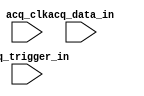
// megafunction wizard: %SignalTap II Logic Analyzer%VBB%
// GENERATION: STANDARD
// VERSION: WM1.0
// MODULE: sld_signaltap 

// ============================================================
// Megafunction Name(s):
// 			sld_signaltap
//
// Simulation Library Files(s):
// 			
// ============================================================
// ************************************************************
// THIS IS A WIZARD-GENERATED FILE. DO NOT EDIT THIS FILE!
//
// 9.0 Build 132 02/25/2009 SJ Full Version
// ************************************************************

//Copyright (C) 1991-2009 Altera Corporation
//Your use of Altera Corporation's design tools, logic functions 
//and other software and tools, and its AMPP partner logic 
//functions, and any output files from any of the foregoing 
//(including device programming or simulation files), and any 
//associated documentation or information are expressly subject 
//to the terms and conditions of the Altera Program License 
//Subscription Agreement, Altera MegaCore Function License 
//Agreement, or other applicable license agreement, including, 
//without limitation, that your use is for the sole purpose of 
//programming logic devices manufactured by Altera and sold by 
//Altera or its authorized distributors.  Please refer to the 
//applicable agreement for further details.

module SIGN (
	acq_clk,
	acq_data_in,
	acq_trigger_in);

	input	  acq_clk;
	input	[7:0]  acq_data_in;
	input	[0:0]  acq_trigger_in;

endmodule

// ============================================================
// CNX file retrieval info
// ============================================================
// Retrieval info: PRIVATE: DATA_WIDTH_EDIT STRING "8"
// Retrieval info: PRIVATE: INTENDED_DEVICE_FAMILY STRING "Cyclone II"
// Retrieval info: PRIVATE: RAM_TYPE_COMBO STRING "Auto"
// Retrieval info: PRIVATE: SAMPLE_DEPTH_COMBO STRING "512"
// Retrieval info: PRIVATE: SLD_TRIGGER_OUT_ENABLED NUMERIC "0"
// Retrieval info: PRIVATE: TRIGGER_LEVELS_COMBO STRING "1"
// Retrieval info: PRIVATE: TRIGGER_LEVEL_0_COMBO STRING "Basic"
// Retrieval info: PRIVATE: TRIGGER_LEVEL_1_COMBO STRING "Basic"
// Retrieval info: PRIVATE: TRIGGER_LEVEL_2_COMBO STRING "Basic"
// Retrieval info: PRIVATE: TRIGGER_LEVEL_3_COMBO STRING "Basic"
// Retrieval info: PRIVATE: TRIGGER_LEVEL_4_COMBO STRING "Basic"
// Retrieval info: PRIVATE: TRIGGER_LEVEL_5_COMBO STRING "Basic"
// Retrieval info: PRIVATE: TRIGGER_LEVEL_6_COMBO STRING "Basic"
// Retrieval info: PRIVATE: TRIGGER_LEVEL_7_COMBO STRING "Basic"
// Retrieval info: PRIVATE: TRIGGER_LEVEL_8_COMBO STRING "Basic"
// Retrieval info: PRIVATE: TRIGGER_LEVEL_9_COMBO STRING "Basic"
// Retrieval info: PRIVATE: TRIGGER_WIDTH_EDIT STRING "1"
// Retrieval info: LIBRARY: altera_mf altera_mf.altera_mf_components.all
// Retrieval info: CONSTANT: SLD_ADVANCED_TRIGGER_ENTITY STRING "basic,1,"
// Retrieval info: CONSTANT: SLD_DATA_BITS NUMERIC "8"
// Retrieval info: CONSTANT: SLD_DATA_BIT_CNTR_BITS NUMERIC "4"
// Retrieval info: CONSTANT: SLD_ENABLE_ADVANCED_TRIGGER NUMERIC "0"
// Retrieval info: CONSTANT: SLD_MEM_ADDRESS_BITS NUMERIC "9"
// Retrieval info: CONSTANT: SLD_NODE_CRC_BITS NUMERIC "32"
// Retrieval info: CONSTANT: SLD_NODE_CRC_HIWORD NUMERIC "15537"
// Retrieval info: CONSTANT: SLD_NODE_CRC_LOWORD NUMERIC "1671"
// Retrieval info: CONSTANT: SLD_NODE_INFO NUMERIC "1076736"
// Retrieval info: CONSTANT: SLD_RAM_BLOCK_TYPE STRING "Auto"
// Retrieval info: CONSTANT: SLD_SAMPLE_DEPTH NUMERIC "512"
// Retrieval info: CONSTANT: SLD_STORAGE_QUALIFIER_GAP_RECORD NUMERIC "0"
// Retrieval info: CONSTANT: SLD_STORAGE_QUALIFIER_MODE STRING "OFF"
// Retrieval info: CONSTANT: SLD_TRIGGER_BITS NUMERIC "1"
// Retrieval info: CONSTANT: SLD_TRIGGER_IN_ENABLED NUMERIC "0"
// Retrieval info: CONSTANT: SLD_TRIGGER_LEVEL NUMERIC "1"
// Retrieval info: CONSTANT: SLD_TRIGGER_LEVEL_PIPELINE NUMERIC "1"
// Retrieval info: USED_PORT: acq_clk 0 0 0 0 INPUT NODEFVAL "acq_clk"
// Retrieval info: USED_PORT: acq_data_in 0 0 8 0 INPUT NODEFVAL "acq_data_in[7..0]"
// Retrieval info: USED_PORT: acq_trigger_in 0 0 1 0 INPUT NODEFVAL "acq_trigger_in[0..0]"
// Retrieval info: CONNECT: @acq_trigger_in 0 0 1 0 acq_trigger_in 0 0 1 0
// Retrieval info: CONNECT: @acq_data_in 0 0 8 0 acq_data_in 0 0 8 0
// Retrieval info: CONNECT: @acq_clk 0 0 0 0 acq_clk 0 0 0 0
// Retrieval info: GEN_FILE: TYPE_NORMAL SIGN.v TRUE
// Retrieval info: GEN_FILE: TYPE_NORMAL SIGN.inc TRUE
// Retrieval info: GEN_FILE: TYPE_NORMAL SIGN.cmp FALSE
// Retrieval info: GEN_FILE: TYPE_NORMAL SIGN.bsf TRUE FALSE
// Retrieval info: GEN_FILE: TYPE_NORMAL SIGN_inst.v FALSE
// Retrieval info: GEN_FILE: TYPE_NORMAL SIGN_bb.v TRUE